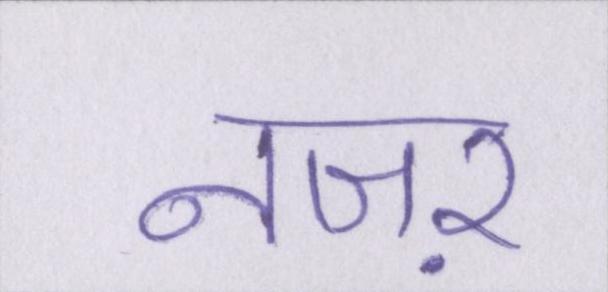
नजऱ